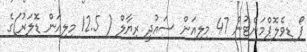
ފޯ ޑިވެލޮޕްމަންޓުން 47 މިލިއަން ސައުދީ ރިޔާލް ( 12.5 މިލިއަން ޑޮލަރު)ގެ